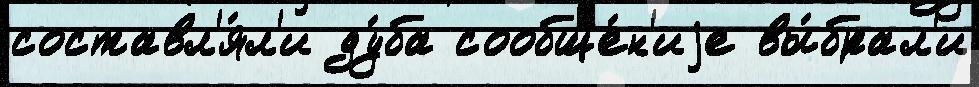
составл'я́л'и ду́ба сообще́н'иjе вы́брал'и